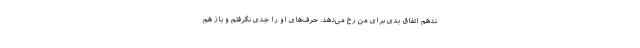
ندهم اتفاق بدی برای من رخ می‌دهد. حرف‌های او را جدی نگرفتم و باز هم